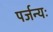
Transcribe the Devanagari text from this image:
पर्जन्यः